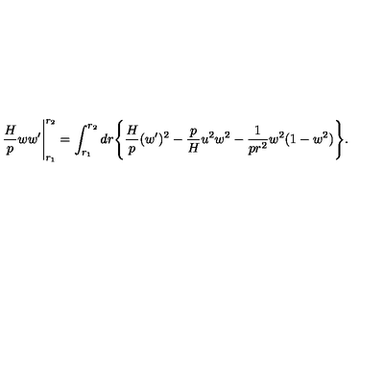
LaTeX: \frac { H } { p } w w ^ { \prime } \Bigg | _ { r _ { 1 } } ^ { r _ { 2 } } = \int _ { r _ { 1 } } ^ { r _ { 2 } } d r \Bigg \{ \frac { H } { p } ( w ^ { \prime } ) ^ { 2 } - \frac { p } { H } u ^ { 2 } w ^ { 2 } - \frac { 1 } { p r ^ { 2 } } w ^ { 2 } ( 1 - w ^ { 2 } ) \Bigg \} .